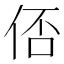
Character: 俖